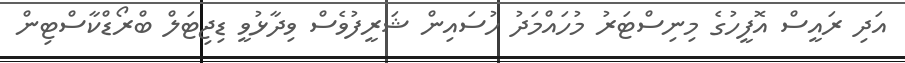
އަދި ރައީސް އޮފީހުގެ މިނިސްޓަރު މުހައްމަދު ހުސައިން ޝަރީފުވެސް ވިދާޅުވީ ޑިޖިޓަލް ބްރޯޑްކާސްޓިން